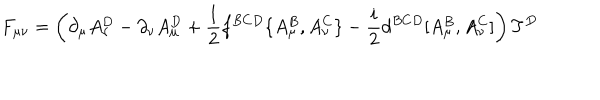
F _ { \mu \nu } = \left( \partial _ { \mu } A _ { \nu } ^ { D } - \partial _ { \nu } A _ { \mu } ^ { D } + { \frac { 1 } { 2 } } f ^ { B C D } \{ A _ { \mu } ^ { B } , A _ { \nu } ^ { C } \} - { \frac { i } { 2 } } d ^ { B C D } [ A _ { \mu } ^ { B } , A _ { \nu } ^ { C } ] \right) T ^ { D }